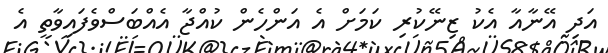
އަދި އޭނާއާ އެކު ޒިނޭކުރި ކަމަށް އެ އަންހެން ކުއްޖާ އެއްބަސްވެފައިވާތީ އެ